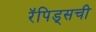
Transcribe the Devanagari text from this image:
रॅपिड्सची